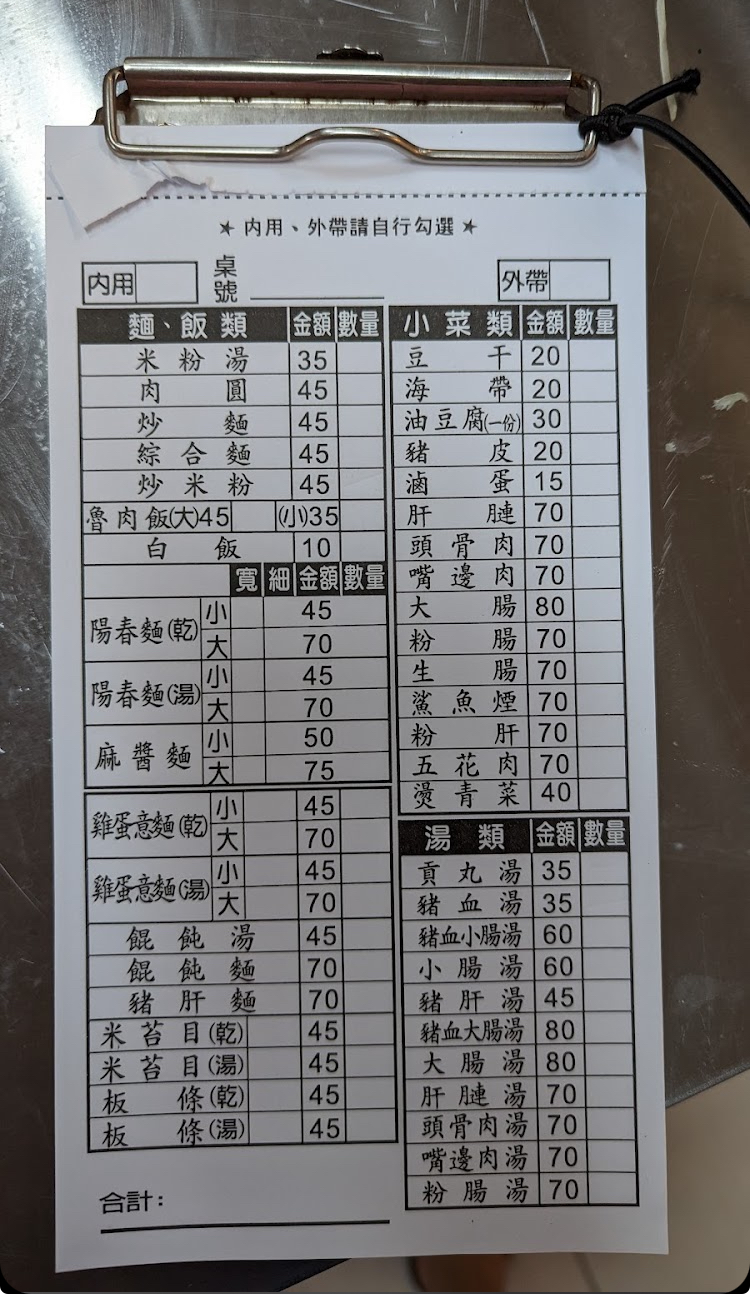
菜單：
name: 米粉湯
price: 35
name: 肉圓
price: 45
name: 炒麵
price: 45
name: 綜合麵
price: 45
name: 炒米粉
price: 45
name: 魯肉飯大
price: 45
name: 魯肉飯小
price: 35
name: 白飯
price: 10
name: 陽春麵(乾)小
price: 45
name: 陽春麵(乾)大
price: 70
name: 陽春麵(湯)小
price: 45
name: 陽春麵(湯)大
price: 70
name: 麻醬麵小
price: 50
name: 麻醬麵大
price: 75
name: 雞蛋意麵(乾)小
price: 45
name: 雞蛋意麵(乾)大
price: 70
name: 雞蛋意麵(湯)小
price: 45
name: 雞蛋意麵(湯)大
price: 70
name: 餛飩湯
price: 45
name: 餛飩麵
price: 70
name: 豬肝麵
price: 45
name: 米苔目(乾)
price: 45
name: 米苔目(湯)
price: 45
name: 板條(乾)
price: 45
name: 板條(湯)
price: 45
name: 油豆腐
price: 20
name: 豬皮
price: 20
name: 滷蛋
price: 10
name: 豬肝
price: 30
name: 頭骨肉
price: 70
name: 豬嘴邊肉
price: 70
name: 大腸
price: 70
name: 粉腸
price: 70
name: 生腸
price: 70
name: 鯊魚煙
price: 70
name: 粉肝
price: 70
name: 五花肉
price: 70
name: 燙青菜
price: 40
name: 貢丸湯
price: 35
name: 豬血湯
price: 35
name: 豬血小腸湯
price: 60
name: 小腸湯
price: 60
name: 豬肝湯
price: 45
name: 豬血大腸湯
price: 80
name: 大腸湯
price: 80
name: 肝腱連湯
price: 70
name: 頭骨肉湯
price: 70
name: 嘴邊肉湯
price: 70
name: 粉腸湯
price: 70